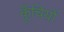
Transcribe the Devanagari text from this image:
कूँचियों